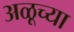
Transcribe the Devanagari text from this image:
अळूच्या